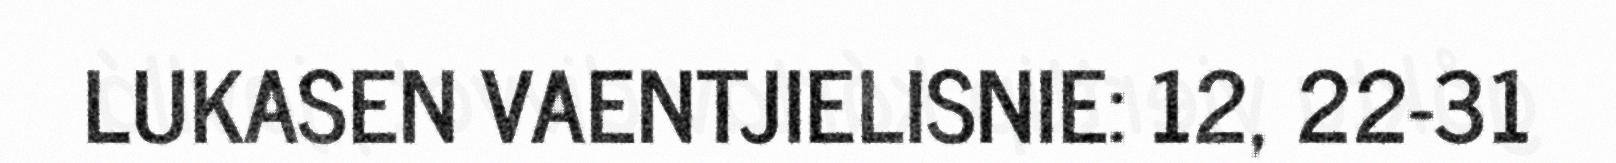
LUKASEN VAENTJIELISNIE: 12, 22-31